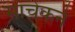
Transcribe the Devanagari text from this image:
माचेकने